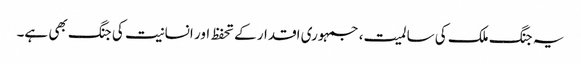
یہ جنگ ملک کی سالمیت، جمہوری اقدار کے تحفظ اور انسانیت کی جنگ بھی ہے۔